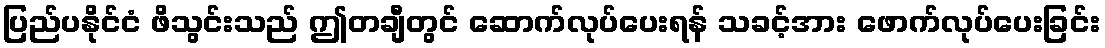
ပြည်ပနိုင်ငံ ဖိသွင်းသည် ဤတချီတွင် ဆောက်လုပ်ပေးရန် သခင့်အား ဖောက်လုပ်ပေးခြင်း